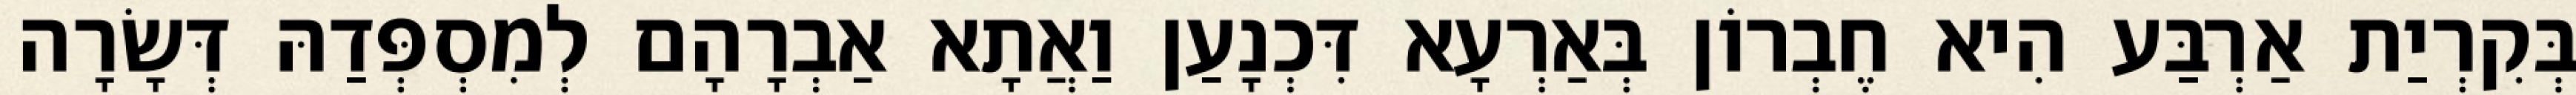
בְּקִרְיַת אַרְבַּע הִיא חֶבְרוֹן בְּאַרְעָא דִּכְנָעַן וַאֲתָא אַבְרָהָם לְמִסְפְּדַהּ דְּשָׂרָה